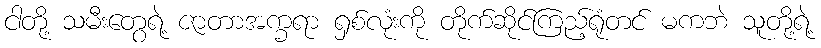
ငါတို့ သမီးတွေရဲ့ ဇာတာအက္ခရာ ရှစ်လုံးကို တိုက်ဆိုင်ကြည့်ရုံတင် မကဘဲ သူတို့ရဲ့